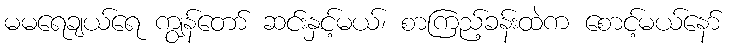
မမရေချယ်ရေ ကျွန်တော် ဆင်းနှင့်မယ်၊ စာကြည့်ခန်းထဲက စောင့်မယ်နော်